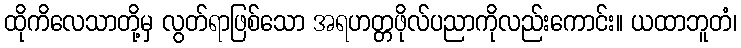
ထိုကိလေသာတို့မှ လွတ်ရာဖြစ်သော အရဟတ္တဖိုလ်ပညာကိုလည်းကောင်း။ ယထာဘူတံ၊